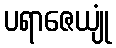
ပရာဇေယျုံ